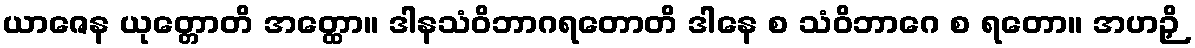
ယာဇေန ယုတ္တောတိ အတ္ထော။ ဒါနသံဝိဘာဂရတောတိ ဒါနေ စ သံဝိဘာဂေ စ ရတော။ အဟဉှိ